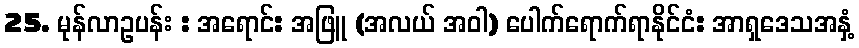
25. မုန်လာဥပန်း : အရောင်: အဖြူ (အလယ် အဝါ) ပေါက်ရောက်ရာနိုင်ငံ: အာရှဒေသအနှံ့